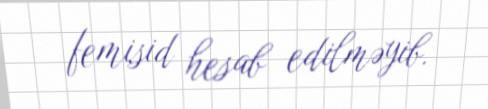
femisid hesab edilməyib.